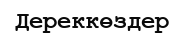
Дереккөздер